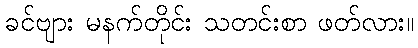
ခင်ဗျား မနက်တိုင်း သတင်းစာ ဖတ်လား။